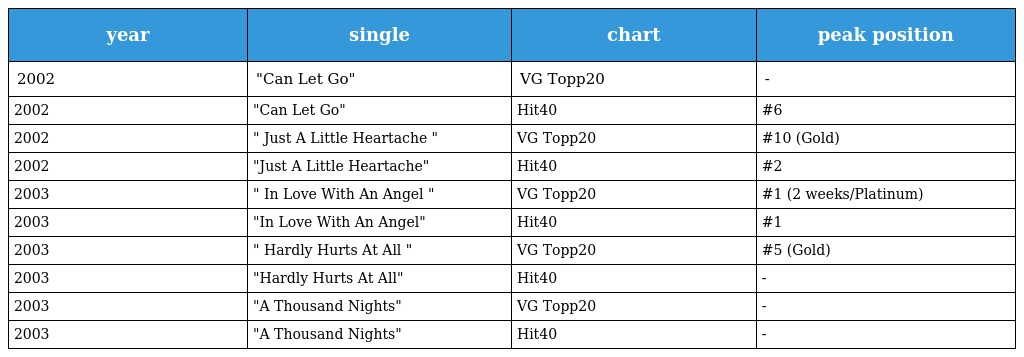
| year | single | chart | peak position |
 | --- | --- | --- | --- |
 | 2002 | "Can Let Go" | VG Topp20 | - |
 | 2002 | "Can Let Go" | Hit40 | #6 |
 | 2002 | " Just A Little Heartache " | VG Topp20 | #10 (Gold) |
 | 2002 | "Just A Little Heartache" | Hit40 | #2 |
 | 2003 | " In Love With An Angel " | VG Topp20 | #1 (2 weeks/Platinum) |
 | 2003 | "In Love With An Angel" | Hit40 | #1 |
 | 2003 | " Hardly Hurts At All " | VG Topp20 | #5 (Gold) |
 | 2003 | "Hardly Hurts At All" | Hit40 | - |
 | 2003 | "A Thousand Nights" | VG Topp20 | - |
 | 2003 | "A Thousand Nights" | Hit40 | - |